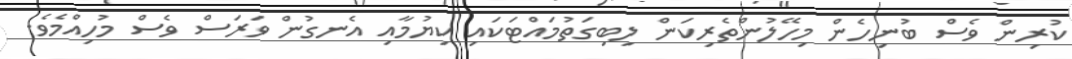
ކުރިން ވެސް ބުނިހެން މިހޭލުންތެރިކަން ލިބިގަތުމައްޓަކައި ކިޔުމާއި އެނގުން ވަރަސް ވެސް މުހިއްމެވެ.